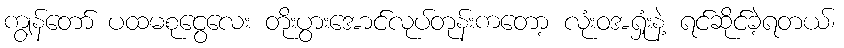
ကျွန်တော် ပထမစုငွေလေး တိုးပွားအောင်လုပ်တုန်းကတော့ လုံးဝအရှုံးနဲ့ ရင်ဆိုင်ခဲ့ရတယ်၊